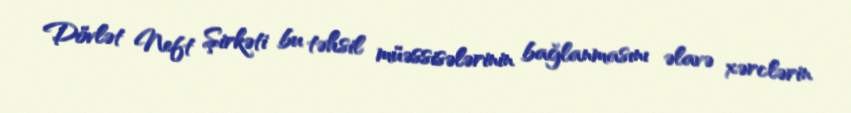
Dövlət Neft Şirkəti bu təhsil müəssisələrinin bağlanmasını əlavə xərclərin